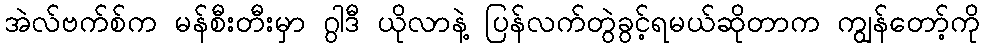
အဲလ်ဗက်စ်က မန်စီးတီးမှာ ဂွါဒီ ယိုလာနဲ့ ပြန်လက်တွဲခွင့်ရမယ်ဆိုတာက ကျွန်တော့်ကို